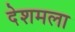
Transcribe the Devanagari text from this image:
देशमला